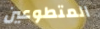
المتطوعين